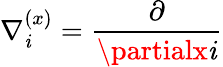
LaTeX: \nabla_{\mathit{i}}^{(x)}=\frac{{\partial}}{{\partialx{\mathit{i}}}}